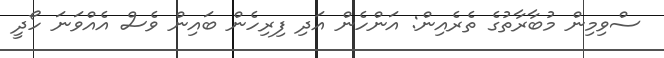
ސްވިމިން މުބާރާތުގެ ތެރެއިން: އަންހެން އަދި ފިރިހެން ބައިން ވެސް އެއްވަނަ ހޯދީ